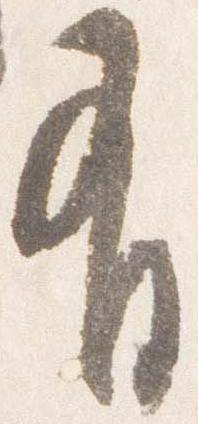
有